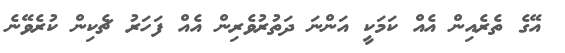
އޭގެ ތެރެއިން އެއް ކަމަކީ އަންނަ ދަތުރުވެރިން އެއް ފަހަރު ޗެކިން ކުރެވޭނެ